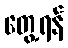
တွေ့ရန်